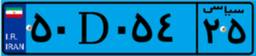
۰۶D۳۶۵۶۹